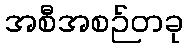
အစီအစဉ်တခု